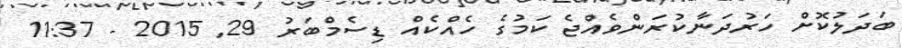
ބަދަލުކޮށް ހަރުދަނާކުރަންވެއްޖެ ކަމުގެ ހެއްކެއް ޑިސެމްބަރު 29